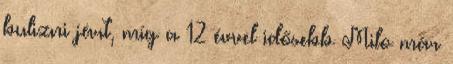
bulizni járt, míg a 12 évvel idősebb Milo már